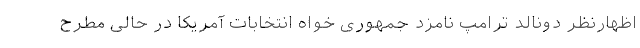
اظهارنظر دونالد ترامپ نامزد جمهوری خواه انتخابات آمریکا در حالی مطرح